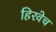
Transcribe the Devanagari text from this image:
हिरवेच